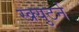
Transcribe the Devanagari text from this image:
स्क्र्युटर्न